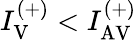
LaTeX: I_{\mathrm{V}}^{(+)}<I_{\mathrm{AV}}^{(+)}